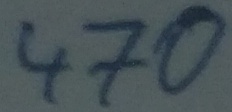
Text: 470